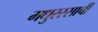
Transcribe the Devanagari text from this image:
मधुररसाची